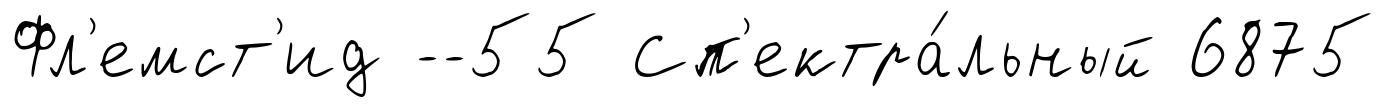
Фл'емст'ид --55 Сп'ектра́льный 6875